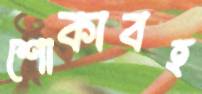
শোকাবহ